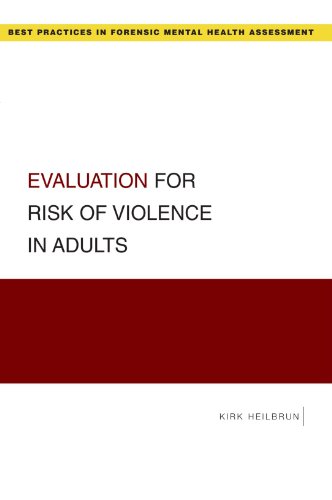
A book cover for Evaluation for Risk of Violence in Adults (Best Practices for Forensic Mental Health Assessments); Kirk Heilbrun; Medical Books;